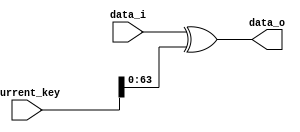
`timescale 1ns / 1ps
//////////////////////////////////////////////////////////////////////////////////
// Company: 
// Engineer: 
// 
// Design Name: 
// Module Name: Add_Round_Key
// Project Name: 
// Target Devices: 
// Tool Versions: 
// Description: 
// 
// Dependencies: 
// 
// Revision:
// Revision 0.01 - File Created
// Additional Comments:
// 
//////////////////////////////////////////////////////////////////////////////////


module Add_Round_Key(
                    input  [63:0] data_i,
                    input  [79:0] current_key,
                    output [63:0] data_o
    );
    
    assign data_o = data_i ^ current_key[63:0];
    
endmodule